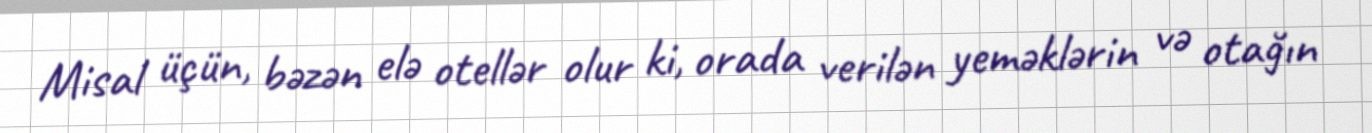
Misal üçün, bəzən elə otellər olur ki, orada verilən yeməklərin və otağın